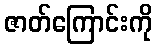
ဇာတ်ကြောင်းကို